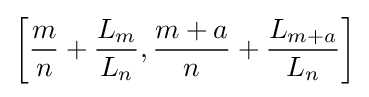
\left[{\frac {m}{n}}+{\frac {L_{m}}{L_{n}}},{\frac {m+a}{n}}+{\frac {L_{m+a}}{L_{n}}}\right]